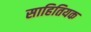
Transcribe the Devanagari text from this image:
साहितियक